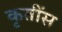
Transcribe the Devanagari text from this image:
कृतींस